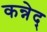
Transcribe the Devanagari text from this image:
कन्नेद्